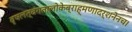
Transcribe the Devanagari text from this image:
वृषलत्वंगतालोकेब्राह्मणादर्शनेनच।